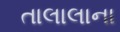
તાલાલાના